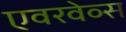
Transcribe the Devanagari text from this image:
एवरवेव्स